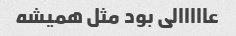
عااااالی بود مثل همیشه